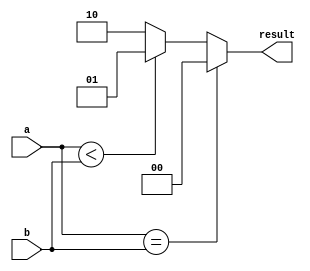
module Comparator (
    input [7:0] a,
    input [7:0] b,
    output [1:0] result
);

reg [1:0] result;

always @(*) begin
    if (a == b) begin
        result = 2'b00; // equal
    end else if (a < b) begin
        result = 2'b01; // less than
    end else begin
        result = 2'b10; // greater than
    end
end

endmodule